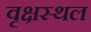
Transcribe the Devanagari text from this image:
वृक्षस्थल